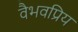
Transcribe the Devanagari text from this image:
वैभवप्रिय